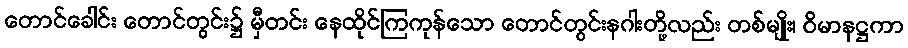
တောင်ခေါင်း တောင်တွင်း၌ မှီတင်း နေထိုင်ကြကုန်သော တောင်တွင်းနဂါးတို့လည်း တစ်မျိုး၊ ဝိမာနဋ္ဌကာ